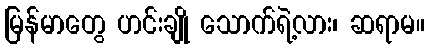
မြန်မာတွေ ဟင်းချို သောက်ရဲ့လား၊ ဆရာမ။